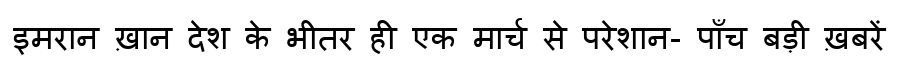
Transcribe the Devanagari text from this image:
इमरान ख़ान देश के भीतर ही एक मार्च से परेशान- पाँच बड़ी ख़बरें